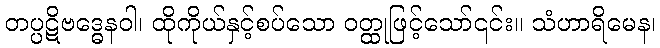
တပ္ပဋိဗဒ္ဓေနဝါ၊ ထိုကိုယ်နှင့်စပ်သော ဝတ္ထုဖြင့်သော်၎င်း။ သံဟာရိမေန၊